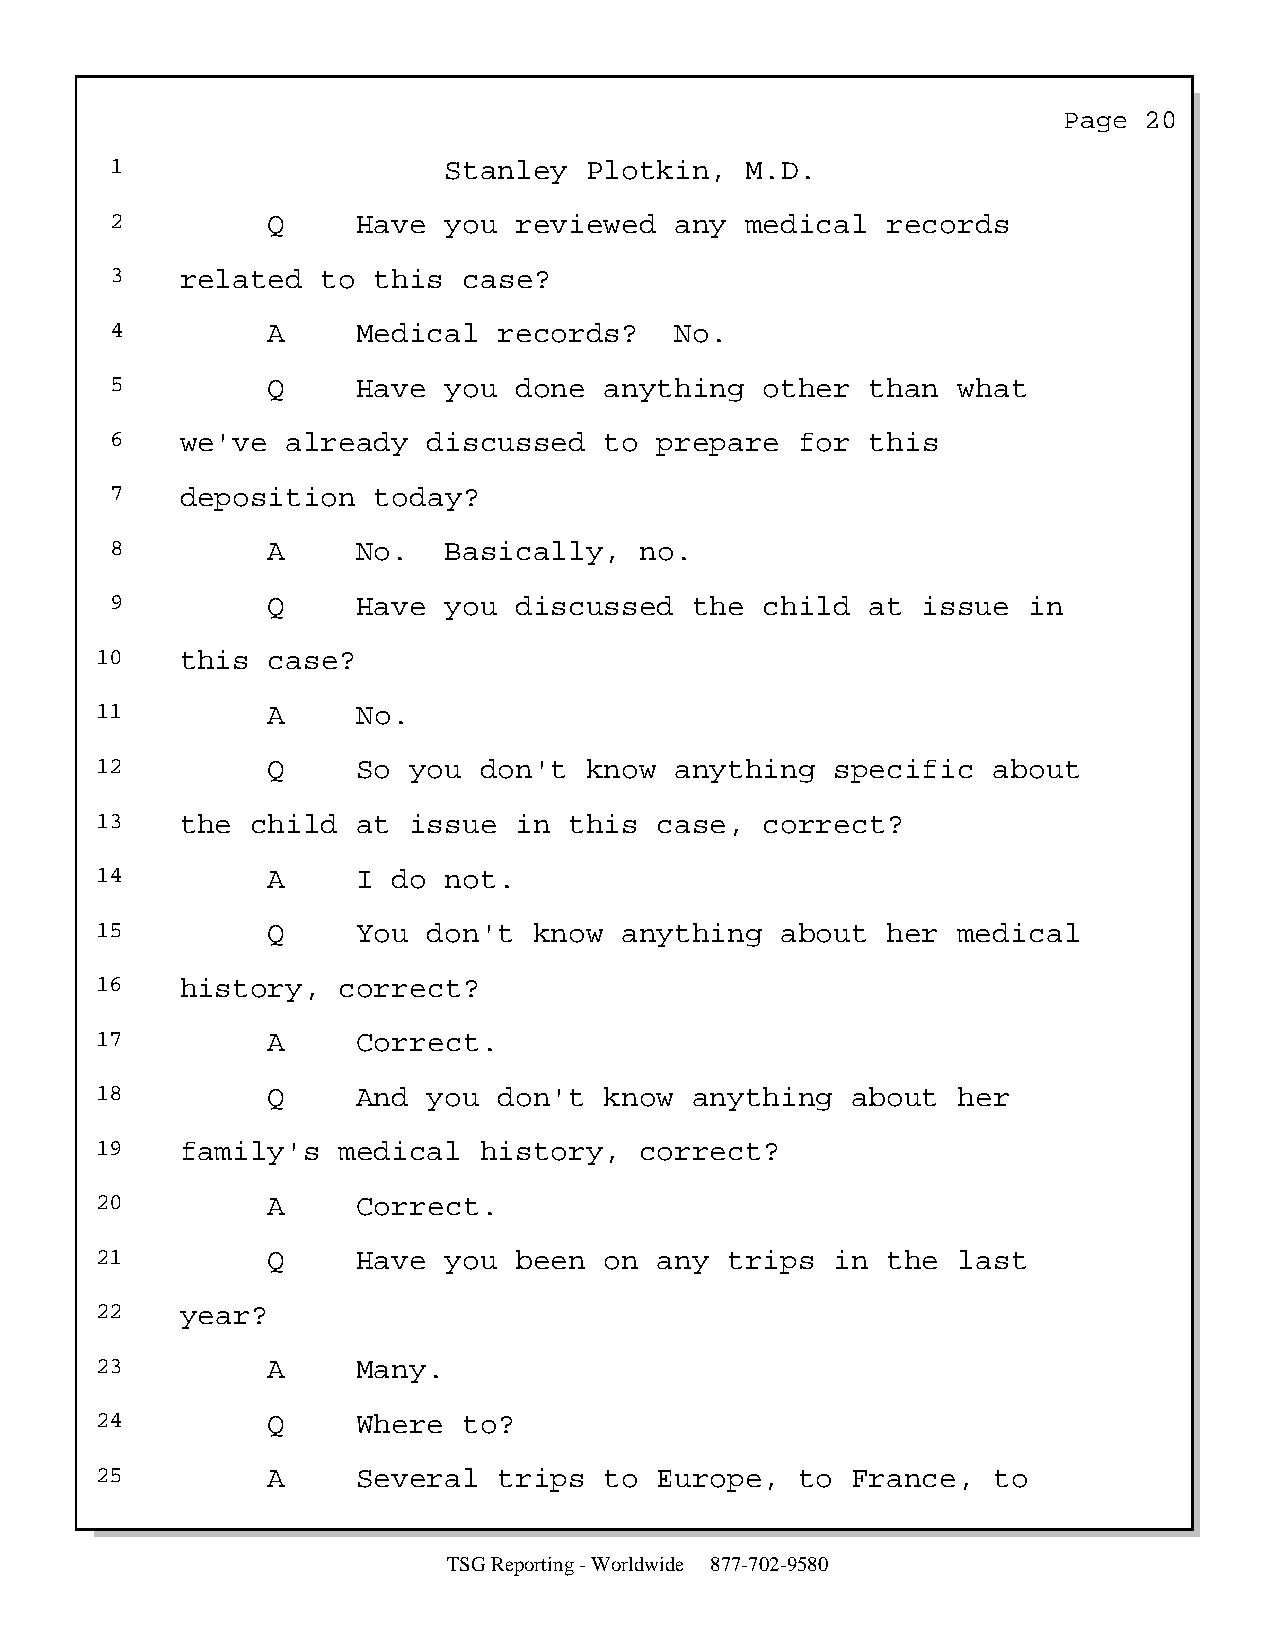
Page  20
 1                     Stanley   Plotkin,  M.D.
 2          Q     Have you  reviewed   any medical   records
 3    related  to  this  case?
 4          A     Medical  records?    No.
 5          Q     Have you  done  anything   other  than what
 6    we've  already  discussed   to  prepare  for  this
 7    deposition   today?
 8          A     No.  Basically,   no.
 9          Q     Have you  discussed   the  child  at issue  in
 10    this  case?
 11          A     No.
 12          Q     So you  don't  know  anything  specific   about
 13    the  child  at issue  in  this  case,  correct?
 14          A     I do not.
 15          Q     You don't  know  anything   about  her medical
 16    history,  correct?
 17          A     Correct.
 18          Q     And you  don't  know  anything  about  her
 19    family's  medical   history,  correct?
 20          A     Correct.
 21          Q     Have you  been  on  any trips  in  the last
 22    year?
 23          A     Many.
 24          Q     Where  to?
 25          A     Several  trips  to  Europe,  to France,   to
 TSG Reporting - Worldwide 877-702-9580